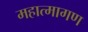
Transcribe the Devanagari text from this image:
महात्मागण